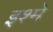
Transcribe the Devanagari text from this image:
इश्मे